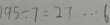
1 9 5 \div 7 = 2 7 \cdots 6